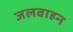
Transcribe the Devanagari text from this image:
जलवाहन